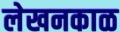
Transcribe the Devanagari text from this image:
लेखनकाळ